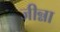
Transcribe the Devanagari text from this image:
जीन्ना